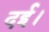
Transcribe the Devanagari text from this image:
दई।